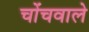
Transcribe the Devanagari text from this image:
चोंचवाले